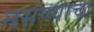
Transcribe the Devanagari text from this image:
नसण्याचा